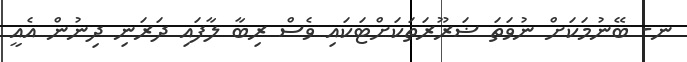
ނ- ބޭނުމަކަށް ނުވަތަ ޟަރޫރަތަކަށްޓަކައި ވެސް ރިބާ ލާފައި ދަރަނި ދިނުން އެއީ